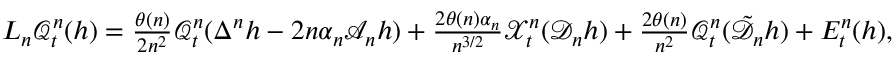
\begin{array} { r } { L _ { n } \mathcal { Q } _ { t } ^ { n } ( h ) = \frac { \theta ( n ) } { 2 n ^ { 2 } } \mathcal { Q } _ { t } ^ { n } ( \Delta ^ { n } h - 2 n \alpha _ { n } \mathscr { A } _ { n } h ) + \frac { 2 \theta ( n ) \alpha _ { n } } { n ^ { 3 / 2 } } \mathcal { X } _ { t } ^ { n } ( \mathscr { D } _ { n } h ) + \frac { 2 \theta ( n ) } { n ^ { 2 } } \mathcal { Q } _ { t } ^ { n } ( \tilde { \mathscr { D } _ { n } } h ) + E _ { t } ^ { n } ( h ) , } \end{array}